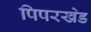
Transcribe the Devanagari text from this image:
पिपरखेड